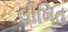
લીખિત